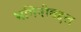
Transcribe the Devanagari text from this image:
भगिनींबद्दल